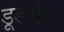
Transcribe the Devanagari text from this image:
डूडमैन